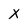
Character: x